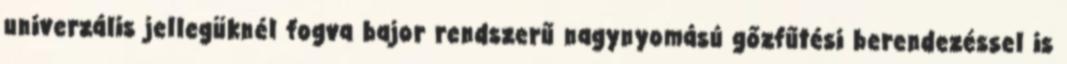
univerzális jellegüknél fogva bajor rendszerű nagynyomású gőzfűtési berendezéssel is